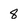
Character: 8